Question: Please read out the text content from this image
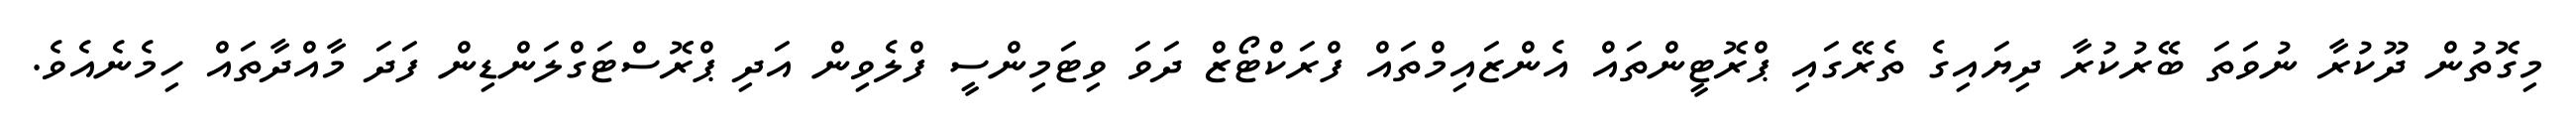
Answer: މިގޮތުން ދޫކުރާ ނުވަތަ ބޭރުކުރާ ދިޔައިގެ ތެރޭގައި ޕްރޮޓީންތައް އެންޒައިމްތައް ފްރަކްޓޯޒް ދަވަ ވިޓަމިންސީ ފްލެވިން އަދި ޕްރޮސްޓަގްލަންޑިން ފަދަ މާއްދާތައް ހިމެނެއެވެ.